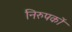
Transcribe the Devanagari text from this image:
निरुपकों